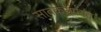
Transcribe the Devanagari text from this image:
सावकरांपर्यंत